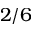
2 / 6